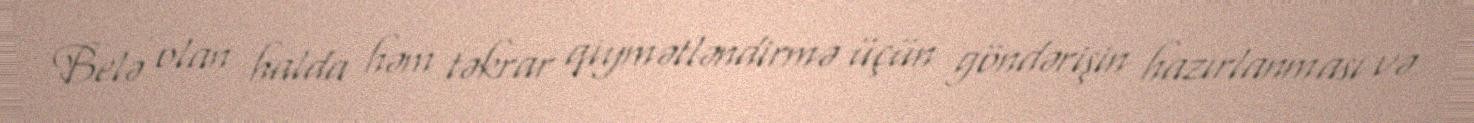
Belə olan halda həm təkrar qiymətləndirmə üçün göndərişin hazırlanması və